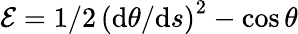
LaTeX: \mathcal{E}=1/2\, \left(\mathrm{d}\theta/\mathrm{d}s\right)^{2}-\cos\theta